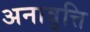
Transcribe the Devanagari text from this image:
अनावृत्ति